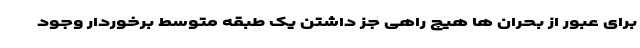
برای عبور از بحران ها هیچ راهی جز داشتن یک طبقه متوسط برخوردار وجود